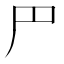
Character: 𠃜